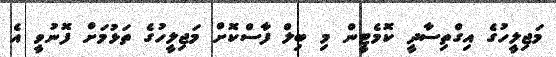
މަޖިލީހުގެ އިގްތިސާދީ ކޮމެޓީން މި ބިލް ފާސްކޮށް މަޖިލީހުގެ ތަޅުމަށް ފޮނުވީ އެ